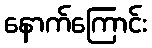
နောက်ကြောင်း